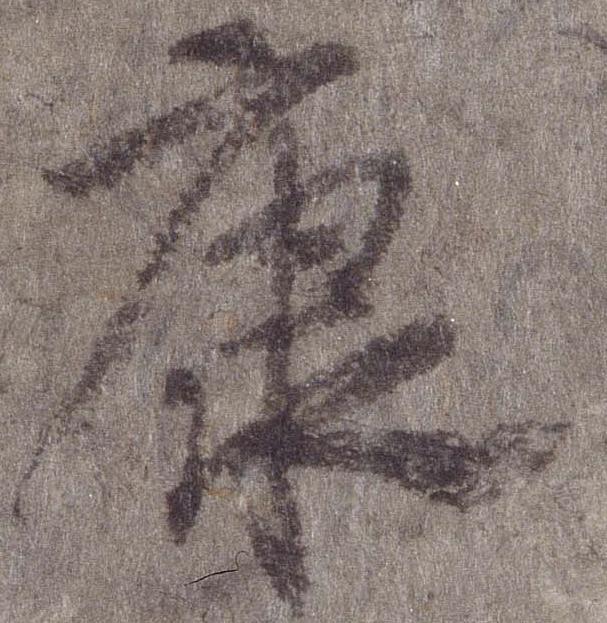
康